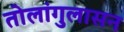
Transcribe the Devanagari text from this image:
तोलांगुलासन